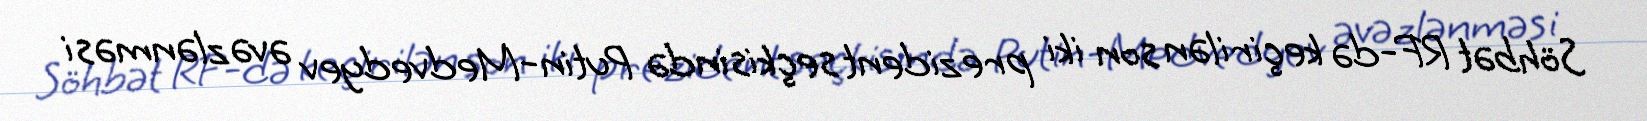
Söhbət RF-də keçirilən son iki prezident seçkisində Putin-Medvedyev əvəzlənməsi